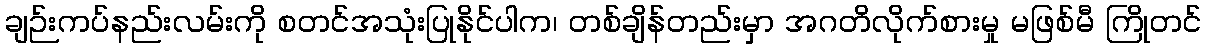
ချဉ်းကပ်နည်းလမ်းကို စတင်အသုံးပြုနိုင်ပါက၊ တစ်ချိန်တည်းမှာ အဂတိလိုက်စားမှု မဖြစ်မီ ကြိုတင်